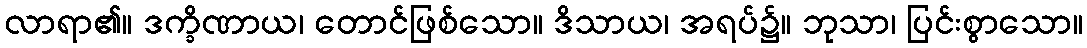
လာရာ၏။ ဒက္ခိဏာယ၊ တောင်ဖြစ်သော။ ဒိသာယ၊ အရပ်၌။ ဘုသာ၊ ပြင်းစွာသော။